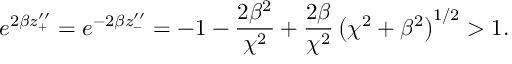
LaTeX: e ^ { 2 \beta z _ { + } ^ { \prime \prime } } = e ^ { - 2 \beta z _ { - } ^ { \prime \prime } } = - 1 - \frac { 2 \beta ^ { 2 } } { \chi ^ { 2 } } + \frac { 2 \beta } { \chi ^ { 2 } } \left( \chi ^ { 2 } + \beta ^ { 2 } \right) ^ { 1 / 2 } > 1 .